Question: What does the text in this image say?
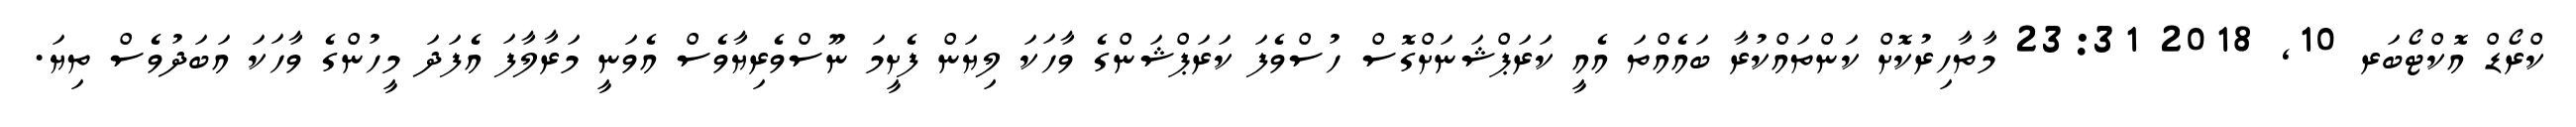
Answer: ކްރޯޑް އޮކްޓޯބަރ 10, 2018 23:31 މާތާހިރުކޮށް ކަންތައްކުރާ ބައެއްތަ އެއީ ކަރަޕްޝަނަށްގޮސް ހުސްވެފަ ކަރަޕްޝަންގެ ވާހަކަ ލިޔަން ފެށީމަ ނޫސްވެރިޔާވެސް އެވަނީ މަރާލާފަ އެފަދަ މީހުންގެ ވާހަކަ އަބަދުވެސް ތިޔަ.